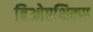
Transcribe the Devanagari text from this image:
बिओएथिक्स